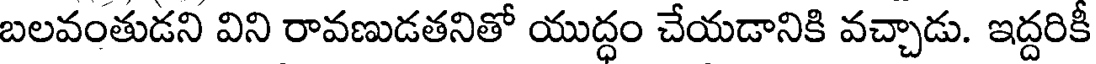
బలవంతుడని విని రావణుడతనితో యుద్ధం చేయడానికి వచ్చాడు. ఇద్దరికీ